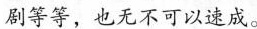
剧等等，也无不可以速成。